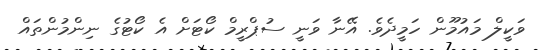
ވަކީލް މައުމޫން ހަމީދެވެ. އޭނާ ވަނީ ސުޕްރީމް ކޯޓަށް އެ ކޯޓުގެ ނިންމުންތައް